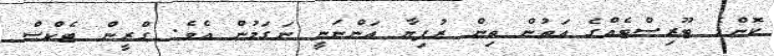
ކޮންމެ ޓޫރިސްޓެއްގެ އަތުން ތިން ރުފިޔާ އަންނަނީ ނަގަމުން އެވެ. ގްރީން ޓެކްސް